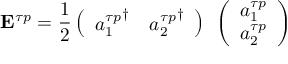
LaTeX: { \bf E } ^ { \tau p } = { \frac { 1 } { 2 } } \left( \begin{array} { c c } { { { a _ { 1 } ^ { \tau p } } ^ { \dagger } } } & { { { a _ { 2 } ^ { \tau p } } ^ { \dagger } } } \end{array} \right) { \bf \sigma } \left( \begin{array} { c } { { a _ { 1 } ^ { \tau p } } } \\ { { a _ { 2 } ^ { \tau p } } } \end{array} \right)